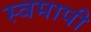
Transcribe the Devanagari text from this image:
स्वमापी